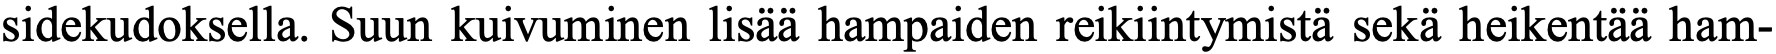
sidekudoksella. Suun kuivuminen lisää hampaiden reikiintymistä sekä heikentää ham-